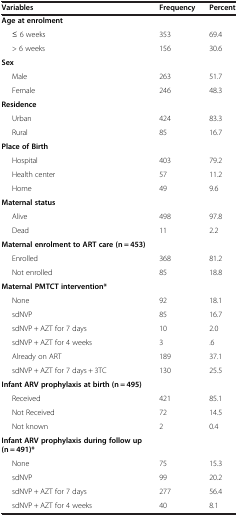
<table><thead><tr><td><b>Variables</b></td><td><b>Frequency</b></td><td><b>Percent</b></td></tr></thead><tbody><tr><td><b>Age at enrolment</b></td><td>[EMPTY_CELL]</td><td>[EMPTY_CELL]</td></tr><tr><td>≤ 6 weeks</td><td>353</td><td>69.4</td></tr><tr><td>&gt; 6 weeks</td><td>156</td><td>30.6</td></tr><tr><td><b>Sex</b></td><td>[EMPTY_CELL]</td><td>[EMPTY_CELL]</td></tr><tr><td>Male</td><td>263</td><td>51.7</td></tr><tr><td>Female</td><td>246</td><td>48.3</td></tr><tr><td><b>Residence</b></td><td>[EMPTY_CELL]</td><td>[EMPTY_CELL]</td></tr><tr><td>Urban</td><td>424</td><td>83.3</td></tr><tr><td>Rural</td><td>85</td><td>16.7</td></tr><tr><td><b>Place of Birth</b></td><td>[EMPTY_CELL]</td><td>[EMPTY_CELL]</td></tr><tr><td>Hospital</td><td>403</td><td>79.2</td></tr><tr><td>Health center</td><td>57</td><td>11.2</td></tr><tr><td>Home</td><td>49</td><td>9.6</td></tr><tr><td><b>Maternal status</b></td><td>[EMPTY_CELL]</td><td>[EMPTY_CELL]</td></tr><tr><td>Alive</td><td>498</td><td>97.8</td></tr><tr><td>Dead</td><td>11</td><td>2.2</td></tr><tr><td><b>Maternal enrolment to ART care (n = 453)</b></td><td>[EMPTY_CELL]</td><td>[EMPTY_CELL]</td></tr><tr><td>Enrolled</td><td>368</td><td>81.2</td></tr><tr><td>Not enrolled</td><td>85</td><td>18.8</td></tr><tr><td><b>Maternal PMTCT intervention*</b></td><td>[EMPTY_CELL]</td><td>[EMPTY_CELL]</td></tr><tr><td>None</td><td>92</td><td>18.1</td></tr><tr><td>sdNVP</td><td>85</td><td>16.7</td></tr><tr><td>sdNVP + AZT for 7 days</td><td>10</td><td>2.0</td></tr><tr><td>sdNVP + AZT for 4 weeks</td><td>3</td><td>.6</td></tr><tr><td>Already on ART</td><td>189</td><td>37.1</td></tr><tr><td>sdNVP + AZT for 7 days + 3TC</td><td>130</td><td>25.5</td></tr><tr><td><b>Infant ARV prophylaxis at birth (n = 495)</b></td><td>[EMPTY_CELL]</td><td>[EMPTY_CELL]</td></tr><tr><td>Received</td><td>421</td><td>85.1</td></tr><tr><td>Not Received</td><td>72</td><td>14.5</td></tr><tr><td>Not known</td><td>2</td><td>0.4</td></tr><tr><td><b>Infant ARV prophylaxis during follow up (n = 491)*</b></td><td>[EMPTY_CELL]</td><td>[EMPTY_CELL]</td></tr><tr><td>None</td><td>75</td><td>15.3</td></tr><tr><td>sdNVP</td><td>99</td><td>20.2</td></tr><tr><td>sdNVP + AZT for 7 days</td><td>277</td><td>56.4</td></tr><tr><td>sdNVP + AZT for 4 weeks</td><td>40</td><td>8.1</td></tr></tbody></table>